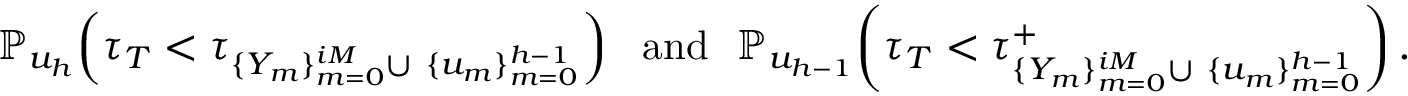
\mathbb { P } _ { u _ { h } } \! \left( \tau _ { T } < \tau _ { \{ Y _ { m } \} _ { m = 0 } ^ { i M } \cup \ \{ u _ { m } \} _ { m = 0 } ^ { h - 1 } } \right) \ \ \mathrm { a n d } \ \ \mathbb { P } _ { u _ { h - 1 } } \! \left( \tau _ { T } < \tau _ { \{ Y _ { m } \} _ { m = 0 } ^ { i M } \cup \ \{ u _ { m } \} _ { m = 0 } ^ { h - 1 } } ^ { + } \right) .